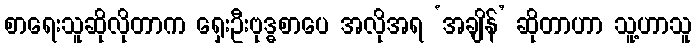
စာရေးသူဆိုလိုတာက ရှေးဦးဗုဒ္ဓစာပေ အလိုအရ ‘အချိန်’ ဆိုတာဟာ သူ့ဟာသူ